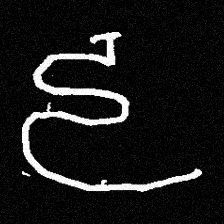
Pyu character \u2014 Myanmar letter: ဠ (romanized: lla)